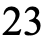
23